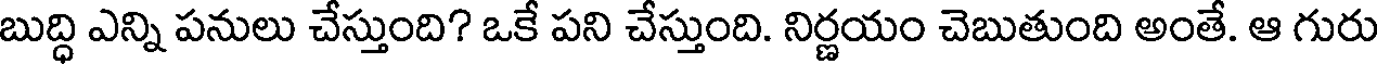
బుద్ధి ఎన్ని పనులు చేస్తుంది? ఒకే పని చేస్తుంది. నిర్ణయం చెబుతుంది అంతే. ఆ గురు